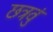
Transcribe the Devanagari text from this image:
छत्रवुं